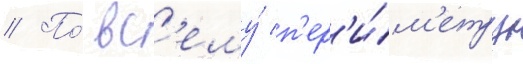
// По́ вс'ему́ п'ер'и́м'етру